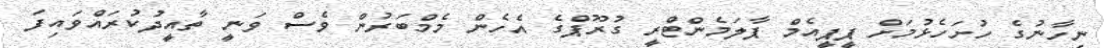
ނިހާނުގެ ހުށަހެޅުމަށް ޕީޕީއެމް ޕާލަމެންޓްރީ ގުރޫޕްގެ އެހެން މެމްބަރުން ވެސް ވަނީ ތާއީދުކުރައްވައިފަ